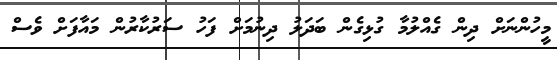
މީހުންނަށް ދިން ގެއްލުމާ ގުޅިގެން ބަދަލު ދިނުމަށް ފަހު ސަރުކާރުން މައާފަށް ވެސް